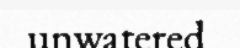
unwatered